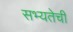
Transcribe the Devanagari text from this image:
सभ्यतेची